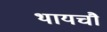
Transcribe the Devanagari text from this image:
थायचौ